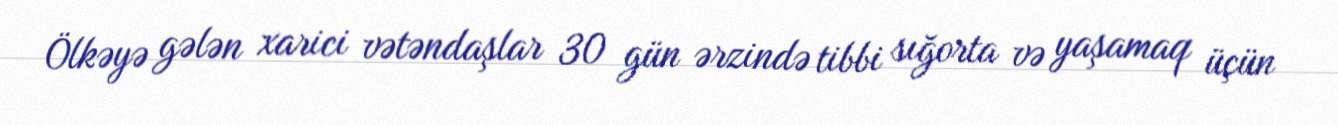
Ölkəyə gələn xarici vətəndaşlar 30 gün ərzində tibbi sığorta və yaşamaq üçün